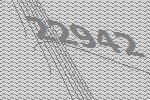
22942